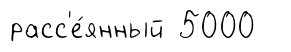
расс'е́янный 5000